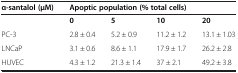
<table><thead><tr><td><b>α-santalol (μM)</b></td><td colspan="4"><b>Apoptic population (% total cells)</b></td></tr></thead><tbody><tr><td> </td><td><b>0</b></td><td><b>5</b></td><td><b>10</b></td><td><b>20</b></td></tr><tr><td>PC-3</td><td>2.8 ± 0.4</td><td>5.2 ± 0.9</td><td>11.2 ± 1.2</td><td>13.1 ± 1.03</td></tr><tr><td>LNCaP</td><td>3.1 ± 0.6</td><td>8.6 ± 1.1</td><td>17.9 ± 1.7</td><td>26.2 ± 2.8</td></tr><tr><td>HUVEC</td><td>4.3 ± 1.2</td><td>21.3 ± 1.4</td><td>37 ± 2.1</td><td>49.2 ± 3.8</td></tr></tbody></table>